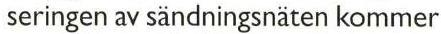
 seringen av sändningsnäten kommer